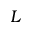
L